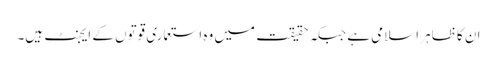
ان کا ظاہر اسلامی ہے جبکہ حقیقت میں وہ استعماری قوتوں کے ایجنٹ ہیں۔